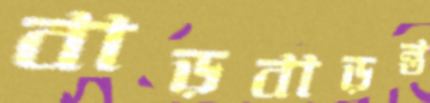
বাড়বাড়ন্ত